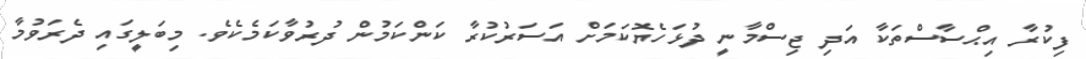
ފިކުރާ އިޙްސާސްތަކާ އަދި ޖިސްމާނީ ދުޅަހެޔޮކަމަށް އަސަރުކުރާ ކަންކަމުން ދުރުވާކަމެކެވެ. މިބަލީގައި ދެރަވުމާ